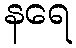
နရေ